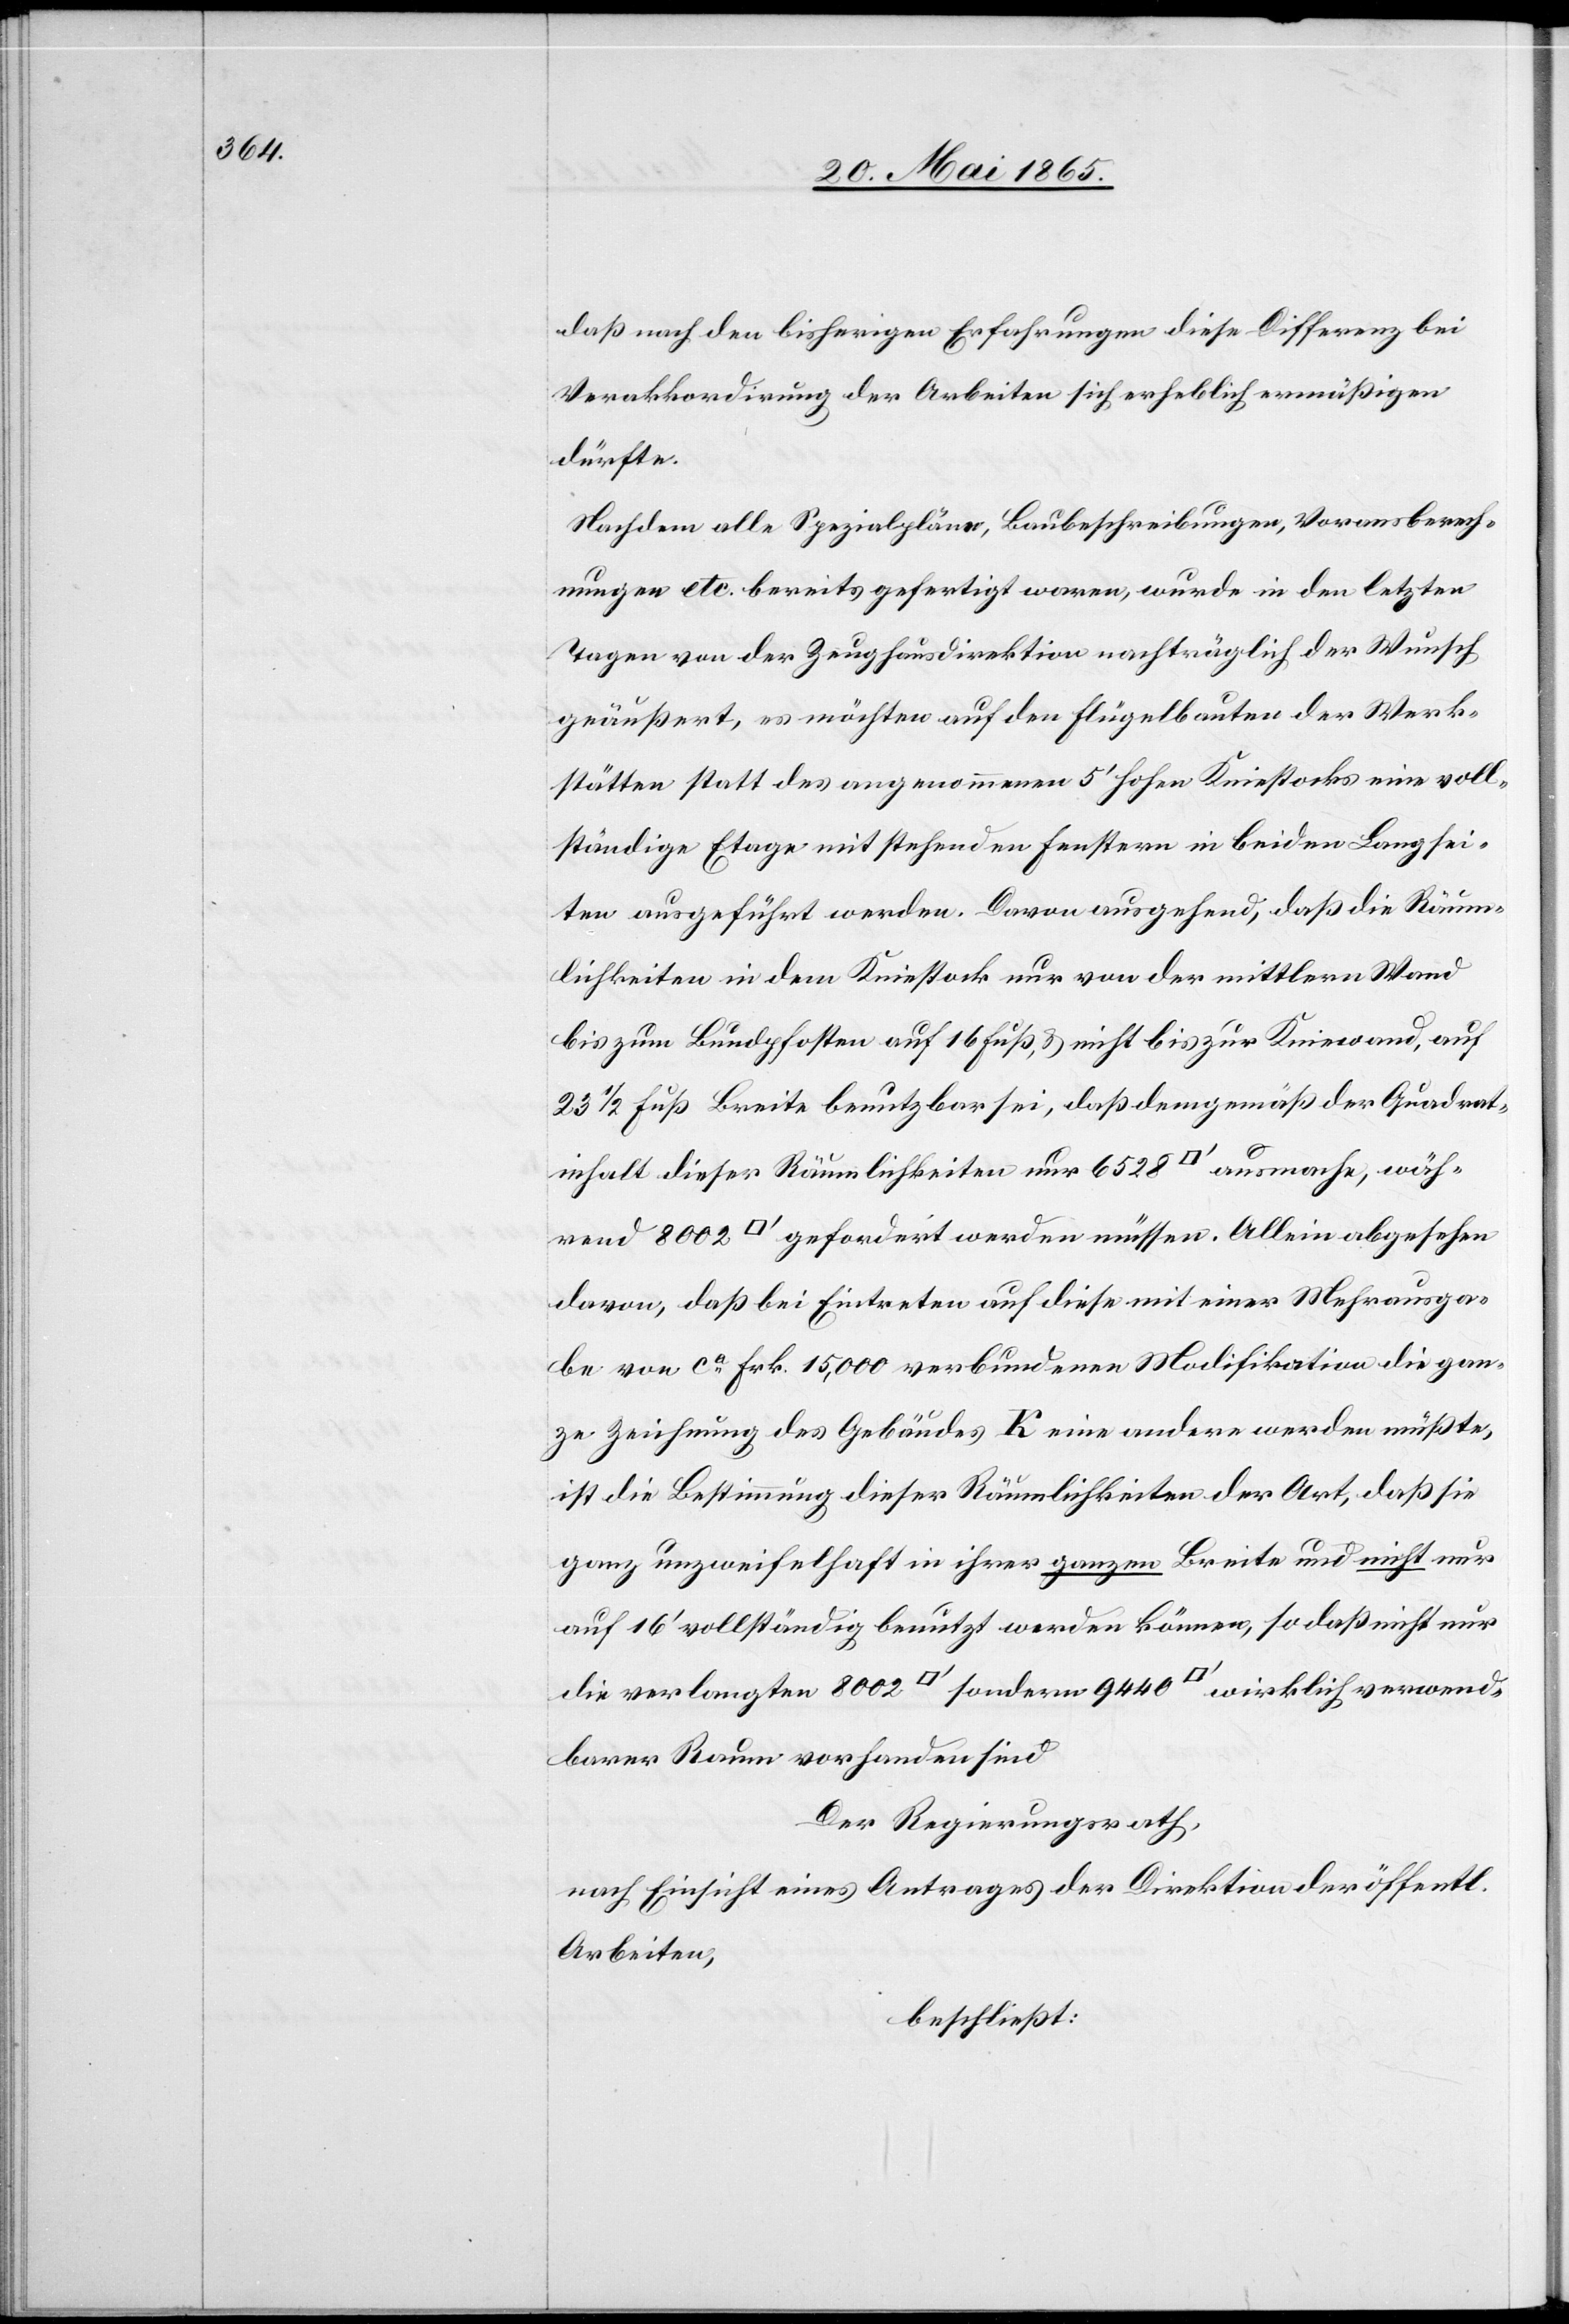
daß nach den bisherigen Erfahrungen diese Differenz bei
Verakkordirung der Arbeiten sich erheblich ermäßigen
dürfte.
Nachdem alle Spezialpläne, Baubeschreibungen, Vorausberech¬
nungen etc. bereits gefertigt waren, wurde in den letzten
Tagen von der Zeughausdirektion nachträglich der Wunsch
geäußert, es möchten auf den Flügelbauten der Werk¬
stätten statt des angenommenen 5’ hohen Kniestocks eine voll¬
ständige Etage mit stehenden Fenstern in beiden Langsei¬
ten ausgeführt werden. Davon ausgehend, daß die Räum¬
lichkeiten in dem Kniestock nur von der mittlern Wand
bis zum Bundpfosten auf 16 Fuß, & nicht bis zur Kniewand, auf
23 1/2 Fuß Breite benutzbar sei, daß demgemäß der Quadrat¬
inhalt dieser Räumlichkeiten nur 6528 [Quadratfuss] ausmache, wäh¬
rend 8002 [Quadratfuss] gefordert werden müssen. Allein abgesehen
davon, daß bei Eintreten auf diese mit einer Mehrausga¬
be von ca Frk. 15,000 verbundenen Modifikation die gan¬
ze Zeichnung des Gebäudes K eine andere werden müßte,
ist die Bestimmung dieser Räumlichkeiten der Art, daß sie
ganz unzweifelhaft in ihrer ganzen Breite und nicht nur
auf 16’ vollständig benützt werden können, so daß nicht nur
verwendbarer Raum vorhanden sind
Der Regierungsrath,
nach Einsicht eines Antrages der Direktion der öffentl.
Arbeiten,
beschließt: